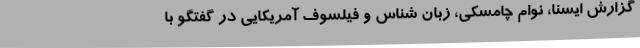
گزارش ایسنا، نوام چامسکی، زبان شناس و فیلسوف آمریکایی در گفتگو با